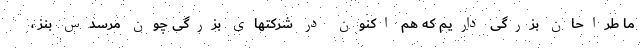
ما طراحان بزرگی داریم که هم اکنون در شرکتهای بزرگی چون مرسدس بنز ،